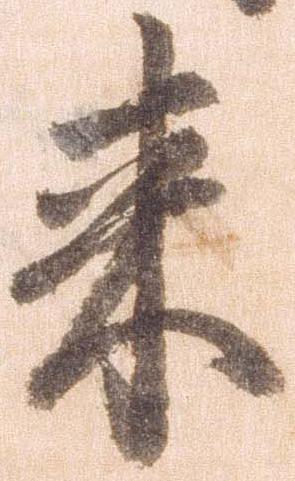
来